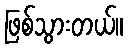
ဖြစ်သွားတယ်။